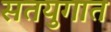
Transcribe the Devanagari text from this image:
सतयुगात